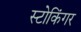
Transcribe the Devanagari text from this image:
स्टोकिंगर